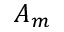
A _ { m }